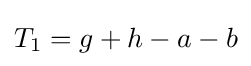
T_{1}=g+h-a-b